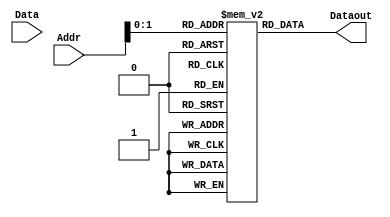
module mem(input [63:0] Data, input [3:0] Addr, output [63:0] Dataout);
  reg[63:0] memory [0:3];
  always@(*)
    Dataout = memory[Addr];
endmodule